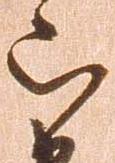
被